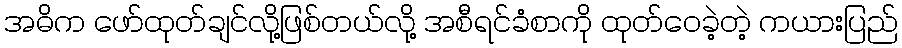
အဓိက ဖော်ထုတ်ချင်လို့ဖြစ်တယ်လို့ အစီရင်ခံစာကို ထုတ်ဝေခဲ့တဲ့ ကယားပြည်